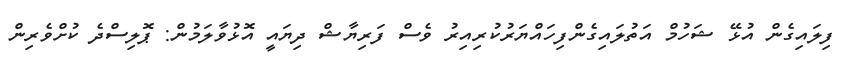
ފިލައިގެން އުޅޭ ޝަހުމް އަތުލައިގެންފިހައްޔަރުކުރިއިރު ވެސް ފަރިޔާޝް ދިޔައީ އޮޅުވާލަމުން: ޕޮލިސްދެ ކުށްވެރިން